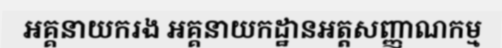
អគ្គនាយករង អគ្គនាយកដ្ឋានអត្តសញ្ញាណកម្ម